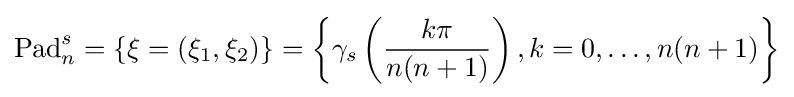
{\text{Pad}}_{n}^{s}=\lbrace \mathbf {\xi } =(\xi _{1},\xi _{2})\rbrace =\left\lbrace \gamma _{s}\left({\frac {k\pi }{n(n+1)}}\right),k=0,\ldots ,n(n+1)\right\rbrace